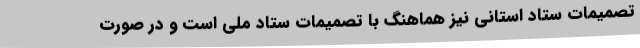
تصمیمات ستاد استانی نیز هماهنگ با تصمیمات ستاد ملی است و در صورت